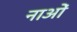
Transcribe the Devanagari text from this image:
नाओं